Paatsalu_vallavalitsus, lk 32
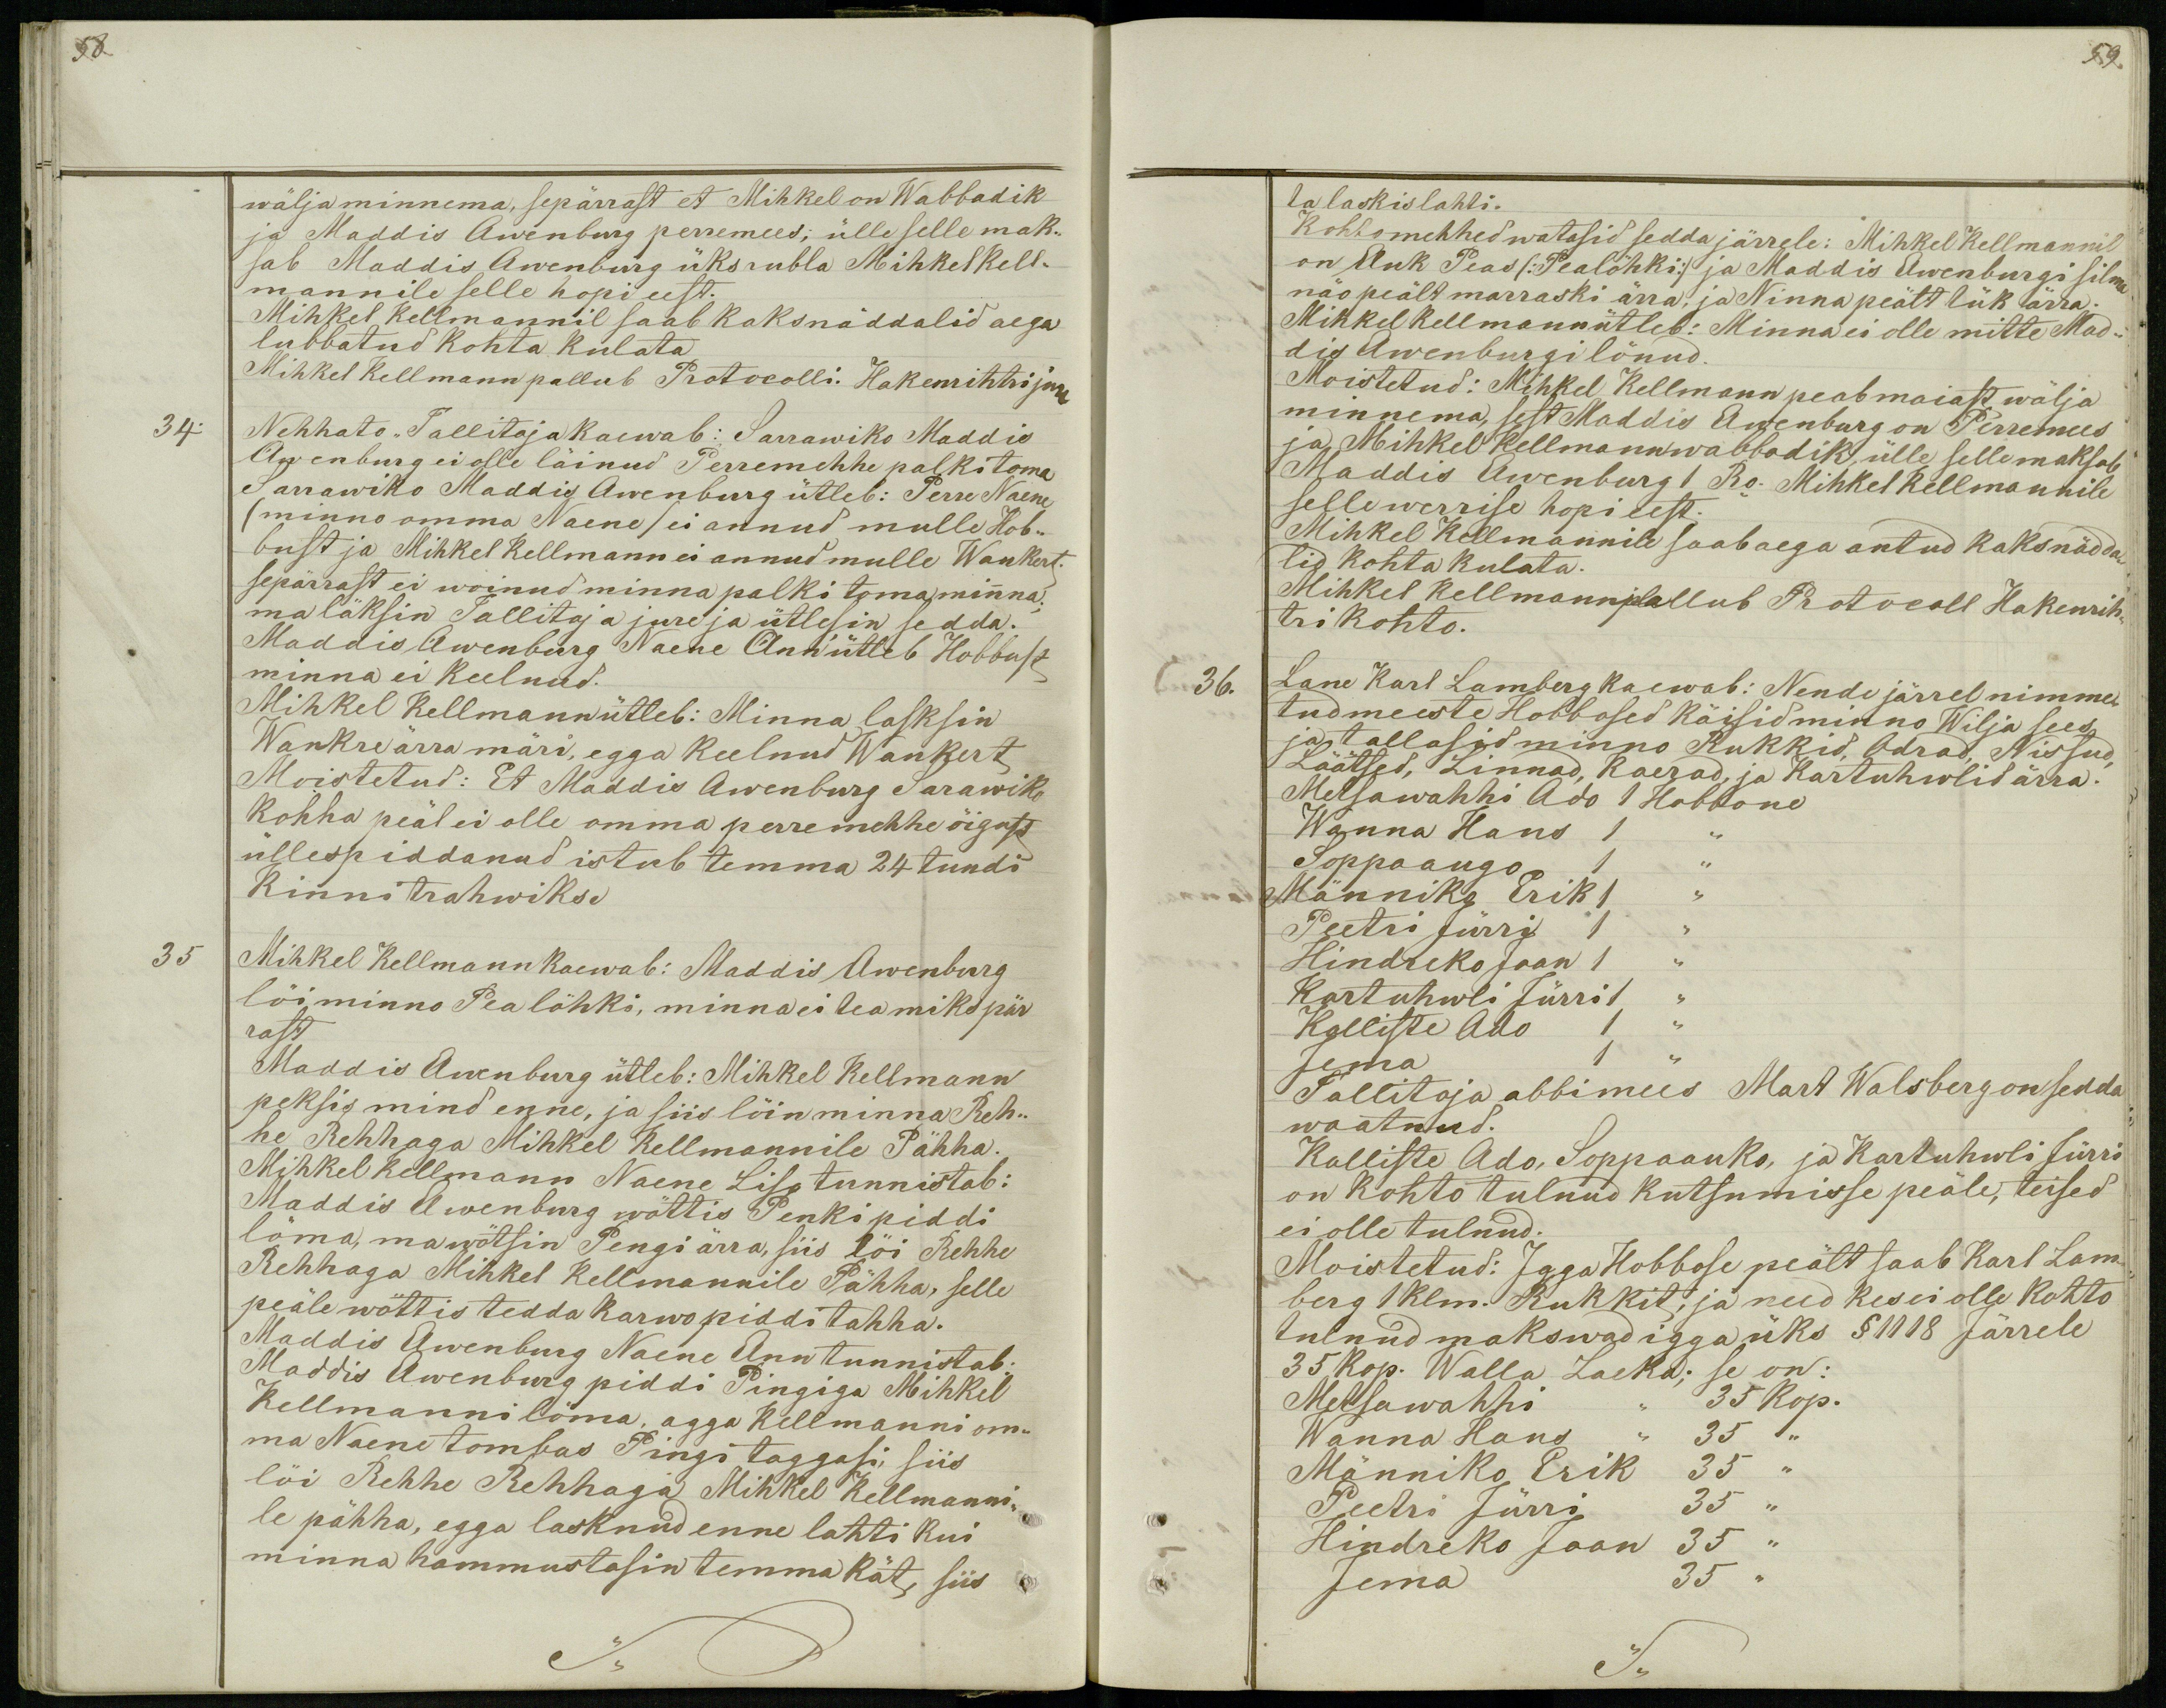
58.

wälja minnema, sepärrast et Mihkel on Wabbadik
ja Maddis Awenburg perremees; ülle selle mak-
sab Maddis Awenburg üks rubla Mihkel Kell-
mannile selle hopi eest.
Mihkel Kellmannil saab kaks näddalid aega
lubbatud kohta kulata
Mihkel Kellmann pallub Protocolli. Hakenrihtri jure
34.
Nehhato ,, Tallitaja kaewab: Sarrawiko Maddis
Awenburg ei olle läinud Perremehhe palki toma
Sarrawiko Maddis Awenburg ütleb: Perre Naene
(minno omma Naene) ei annud mulle Hob-
bust ja Mihkel Kellmann ei annud mulle Wankert.
sepärrast ei woinud minna palki tema minna.
ma läksin Tallitaja jure ja ütlesin sedda.
Maddis Awenburg Naene Ann ütleb Hobbust
minna ei keelnud.
Mihkel Kellmann ütleb: Minna lasksin
Wankre ärra märi, egga keelnud Wankert
Moistetud: Et Maddis Awenburg Sarawiko
kohha peäl ei olle omma perremehhe õigust
üllespiddanud istub temma 24 tundi
kinni trahwiks .
35
Mihkel Kellmann kaewab: Maddis Awenburg
löi minno Pea löhki, minna ei tea miks pär
rast
Maddis Awenburg ütleb: Mihkel Kellmann
peksis mind enne, ja siis lõin minna Reh-
he Rehhaga Mihkel Kellmannile Pähha.
Mihkel Kellmann Naene Liso tunnistab:
Maddis Awenburg wöttis Penki piddi
löma, ma wötsin Pengi ärra, siis löi Rehhe
Rehhaga Mihkel Kellmannile Pähha, selle
peäle wöttis tedda karwo piddi tahha.
Maddis Awenburg Naene Ann tunnistab:
Maddis Awenburg piddi Pingiga Mihkel
Kellmanni löma, agga Kellmanni om-
ma Naene tombas Pingi taggasi, siis
löi Rehhe Rehhaga Mihkel Kellmanni-
le pähha, egga lasknud enne lahti kui
minna hammustasin temma kät, siis

59.
ta laskis lahti.
Kohtomehhed watasid sedda järrele: Mihkel Kellmannil
on Auk Peas (:Pealöhki:) ja Maddis Awenburgi silma
näo peält marraski ärra, ja Ninna peält tük ärra.
Mihkel Kellmann ütleb: Minna ei olle mitte Mad-
dis Awenburgi lönud.
Moistetud: Mihkel Kellmann peab maiast wälja
minnema, sest Maddis Awenburg on Perremees
ja Mihkel Kellmann wabbadik, ülle selle maksab
Maddis Awenburg 1 Ro. Mihkel Kellmannile
selle werrise hopi eest.
Mihkel Kellmannile saab aega antud kaks nädda-
lid kohta kulata.
Mihkel Kellmann pallub Protocoll Hakenrih-
tri kohto.
36.
Lane Karl Lamberg kaewab: Nende järrel nimme-
tud meeste Hobbosed käisid minno Wilja sees
ja tallasid minno Rukkid, Odrad, Nissud,
Läätsed, Linnad, Kaerad, ja Kartuhwlid ärra.
Metsawahhi Ado 1 Hobbone
Wanna Hans 1 ,,
Soppaaugo 1 ,,
Männiko Erik 1 ,,
Peetri Jürri 1 ,,
Hindreko Jaan 1 ,,
Kartuhwli Jürri 1 ,,
Kalliste Ado 1 ,,
Jema 1 ,,
Tallitaja abbimees Mart Walsberg on sedda
waatnud.
Kalliste Ado, Soppaauko, ja Kartuhwli Jürri
on kohto tulnud kutsumisse peäle, teised
ei olle tulnud.
Moistetud: Jgga Hobbose peält saab Karl Lam-
berg 1 klm. Rukkit, ja need kes ei olle kohto
tulnud makswad igga üks § 1118 Järrele
35 kop. Walla Laeka; se on:
Metsawahhi  ,, 35 kop.
Wanna Hans ,, 35 ,,
Männiko Erik 35 ,,
Peetri Jürri 35 ,,
Hindreko Jaan 35 ,,
Jema 35 ,,